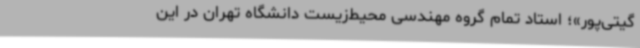
گیتی‌پور»؛ استاد تمام گروه مهندسی محیط‌زیست دانشگاه تهران در این